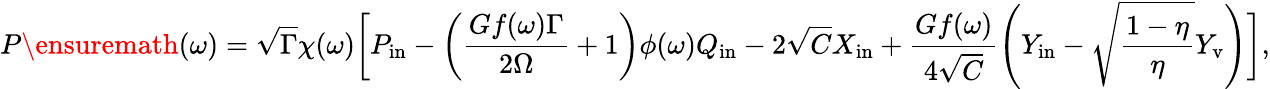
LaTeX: P\ensuremath{\left(\omega\right)}=\sqrt{\Gamma}\chi(\omega)\bigg[P_{\mathrm{in}}-\left(\frac{Gf(\omega)\Gamma}{2\Omega}+1\right)\phi(\omega)Q_{\mathrm{in}}-2\sqrt{C}X_{\mathrm{in}}+\frac{Gf(\omega)}{4\sqrt{C}}\left({Y_{\mathrm{in}}}-\sqrt{\frac{1-\eta}{\eta}}Y_{\mathrm{v}}\right)\bigg],